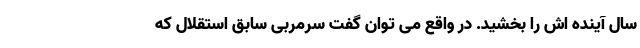
سال آینده اش را بخشید. در واقع می توان گفت سرمربی سابق استقلال که